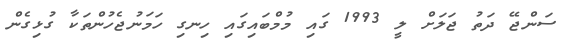
ސަންޖޭ ދަތު ޖަލަށް ލީ 1993 ގައި މުމްބައިގައި ހިނގި ހަމަނުޖެހުންތަކާ ގުޅިގެން